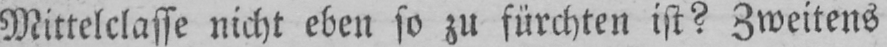
Mittelclasse nicht eben so zu fürchten ist? Zweitens